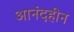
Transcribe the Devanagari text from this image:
आनंदहीन